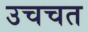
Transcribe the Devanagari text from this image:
उचचत